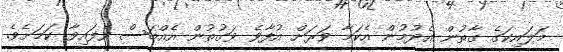
މަލައިކަގެ ގާތުން އެދުމުން އެކަމާ ވަރަށް އުފާވެ ވަގުތުން އެއްބަސް ވެފައިވާ ކަމަށެވެ.